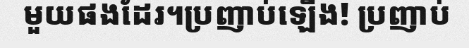
មួយផងដែរ។ប្រញាប់ឡើង! ប្រញាប់